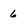
Character: 6